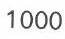
1000